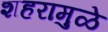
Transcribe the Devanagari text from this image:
शहरामुळे